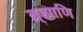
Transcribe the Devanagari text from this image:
ब्र्ह्माणि